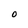
Character: O